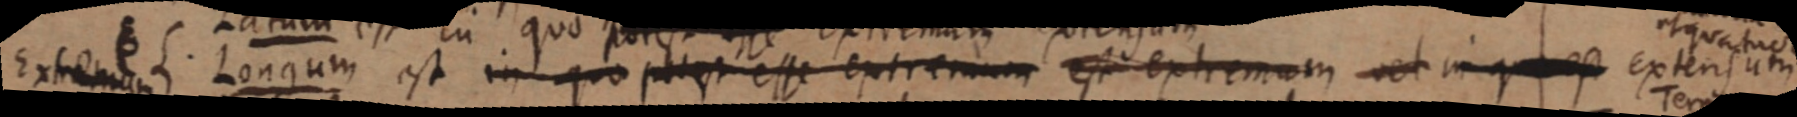
Extremum Longum est in quo potest esse extremum est extremum vel extensum